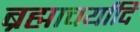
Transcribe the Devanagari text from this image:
ब्रह्माचर्यादि